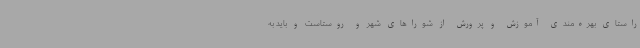
راستای بهره‌مندی آموزش و پرورش از شوراهای شهر و روستاست و باید به